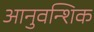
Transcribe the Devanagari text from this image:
आनुवन्शिक